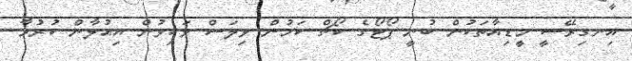
އިނގިރޭސީ މީޑިއާތަކުން ބުނީ ޕޯޓޯގެ ކޯޗް ކަމުން ވިލަސް ވަކިވުން އިއުލާން ކުރުމާ